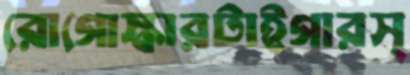
রোগোস্কারটাইগারস্